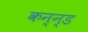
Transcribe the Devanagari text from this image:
कन्न्ड